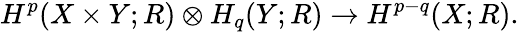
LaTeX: H^{p}(X\times Y;R)\otimes H_{q}(Y;R)\rightarrow H^{p-q}(X;R).